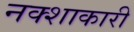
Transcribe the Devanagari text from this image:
नक्शाकारी